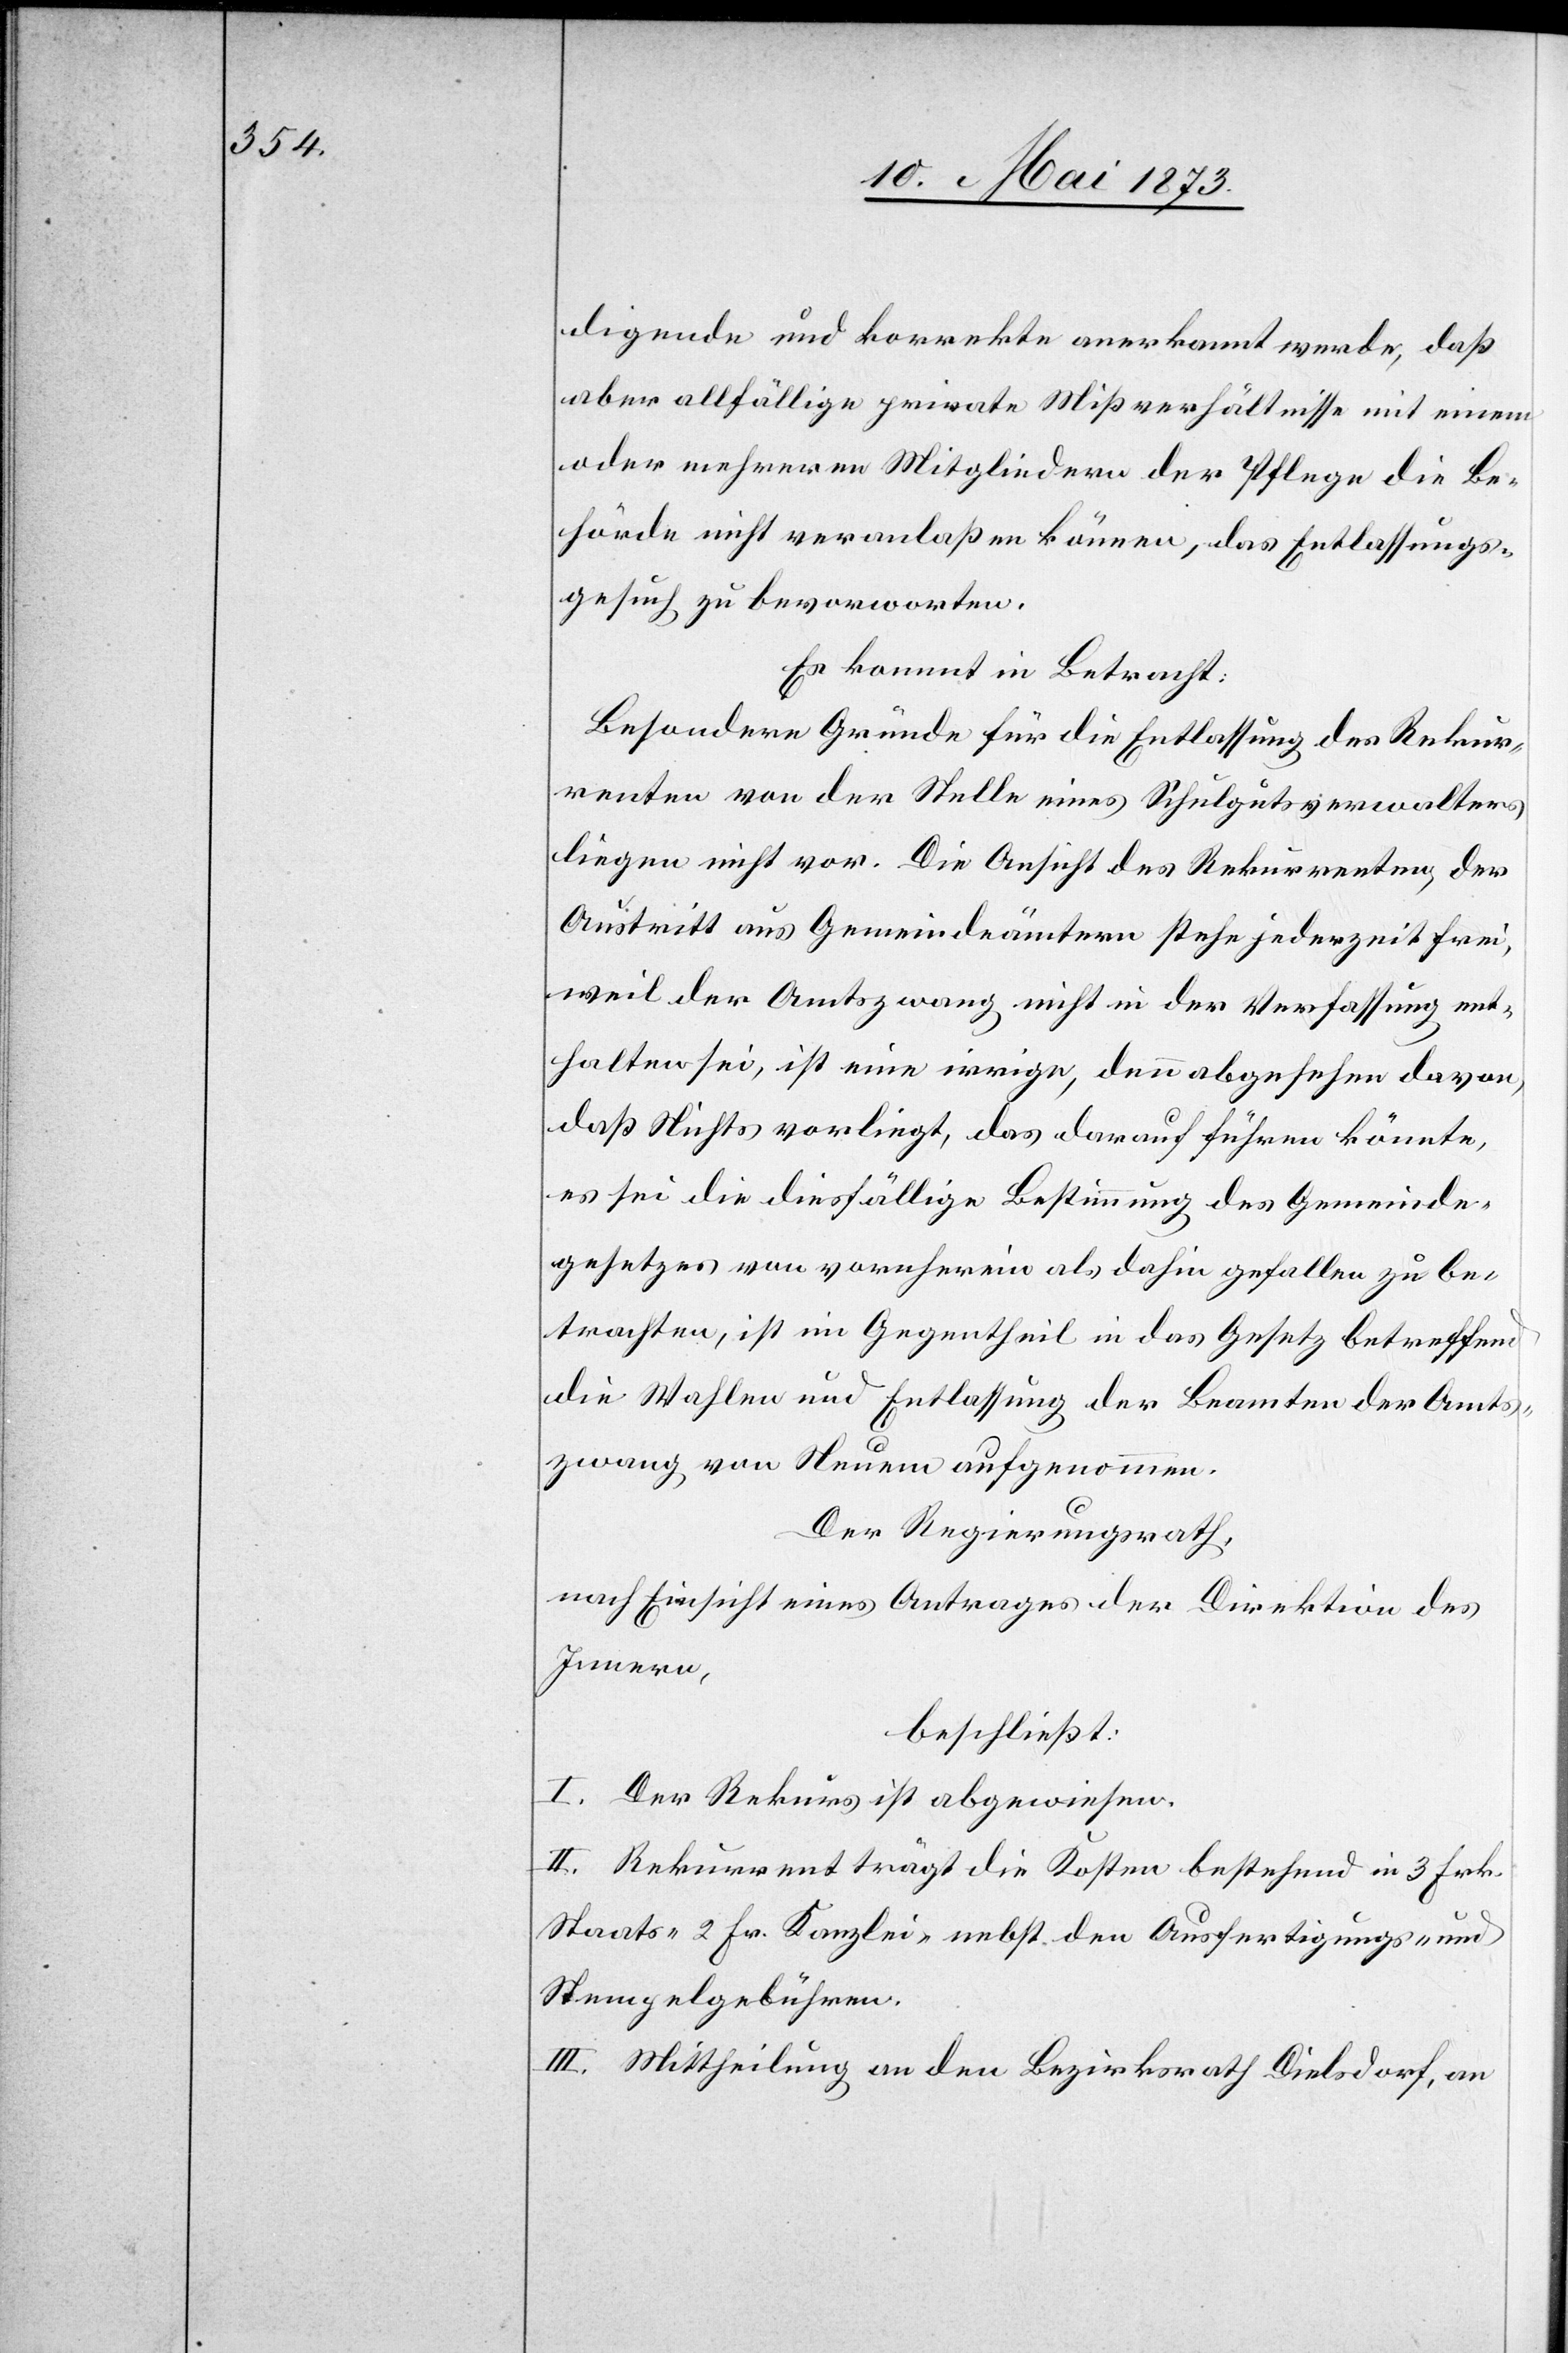
digende und korrekte anerkannt werde, daß
aber allfällige private Mißverhältnisse mit einem
oder mehreren Mitgliedern der Pflege die Be¬
hörde nicht veranlaßen können, das Entlassungs¬
gesuch zu bevorworten.
Es kommt in Betracht:
Besondere Gründe für die Entlassung des Rekur¬
renten von der Stelle eines Schulgutsverwalters
liegen nicht vor. Die Ansicht des Rekurrenten, der
Austritt aus Gemeindeämtern stehe jederzeit frei,
weil der Amtszwang nicht in der Verfassung ent¬
halten sei, ist eine irrige, denn abgesehen davon,
daß Nichts vorliegt, das darauf führen könnte,
es sei die diesfällige Bestimmung des Gemeinde¬
gesetzes von vornherein als dahin gefallen zu be¬
trachten, ist im Gegentheil in das Gesetz betreffend
die Wahlen und Entlassung der Beamten der Amts¬
zwang von Neuem aufgenommen.
Der Regierungsrath,
nach Einsicht eines Antrages der Direktion des
Innern,
beschließt:
I. Der Rekurs ist abgewiesen.
II. Rekurrent trägt die Kosten bestehend in 3 Frk.
Staats- 2 Fr. Kanzlei- nebst den Ausfertigungs- und
Stempelgebühren.
III. Mittheilung an den Bezirksrath Dielsdorf, an